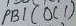
Text: PB1